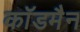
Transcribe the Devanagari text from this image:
कॉडमैन